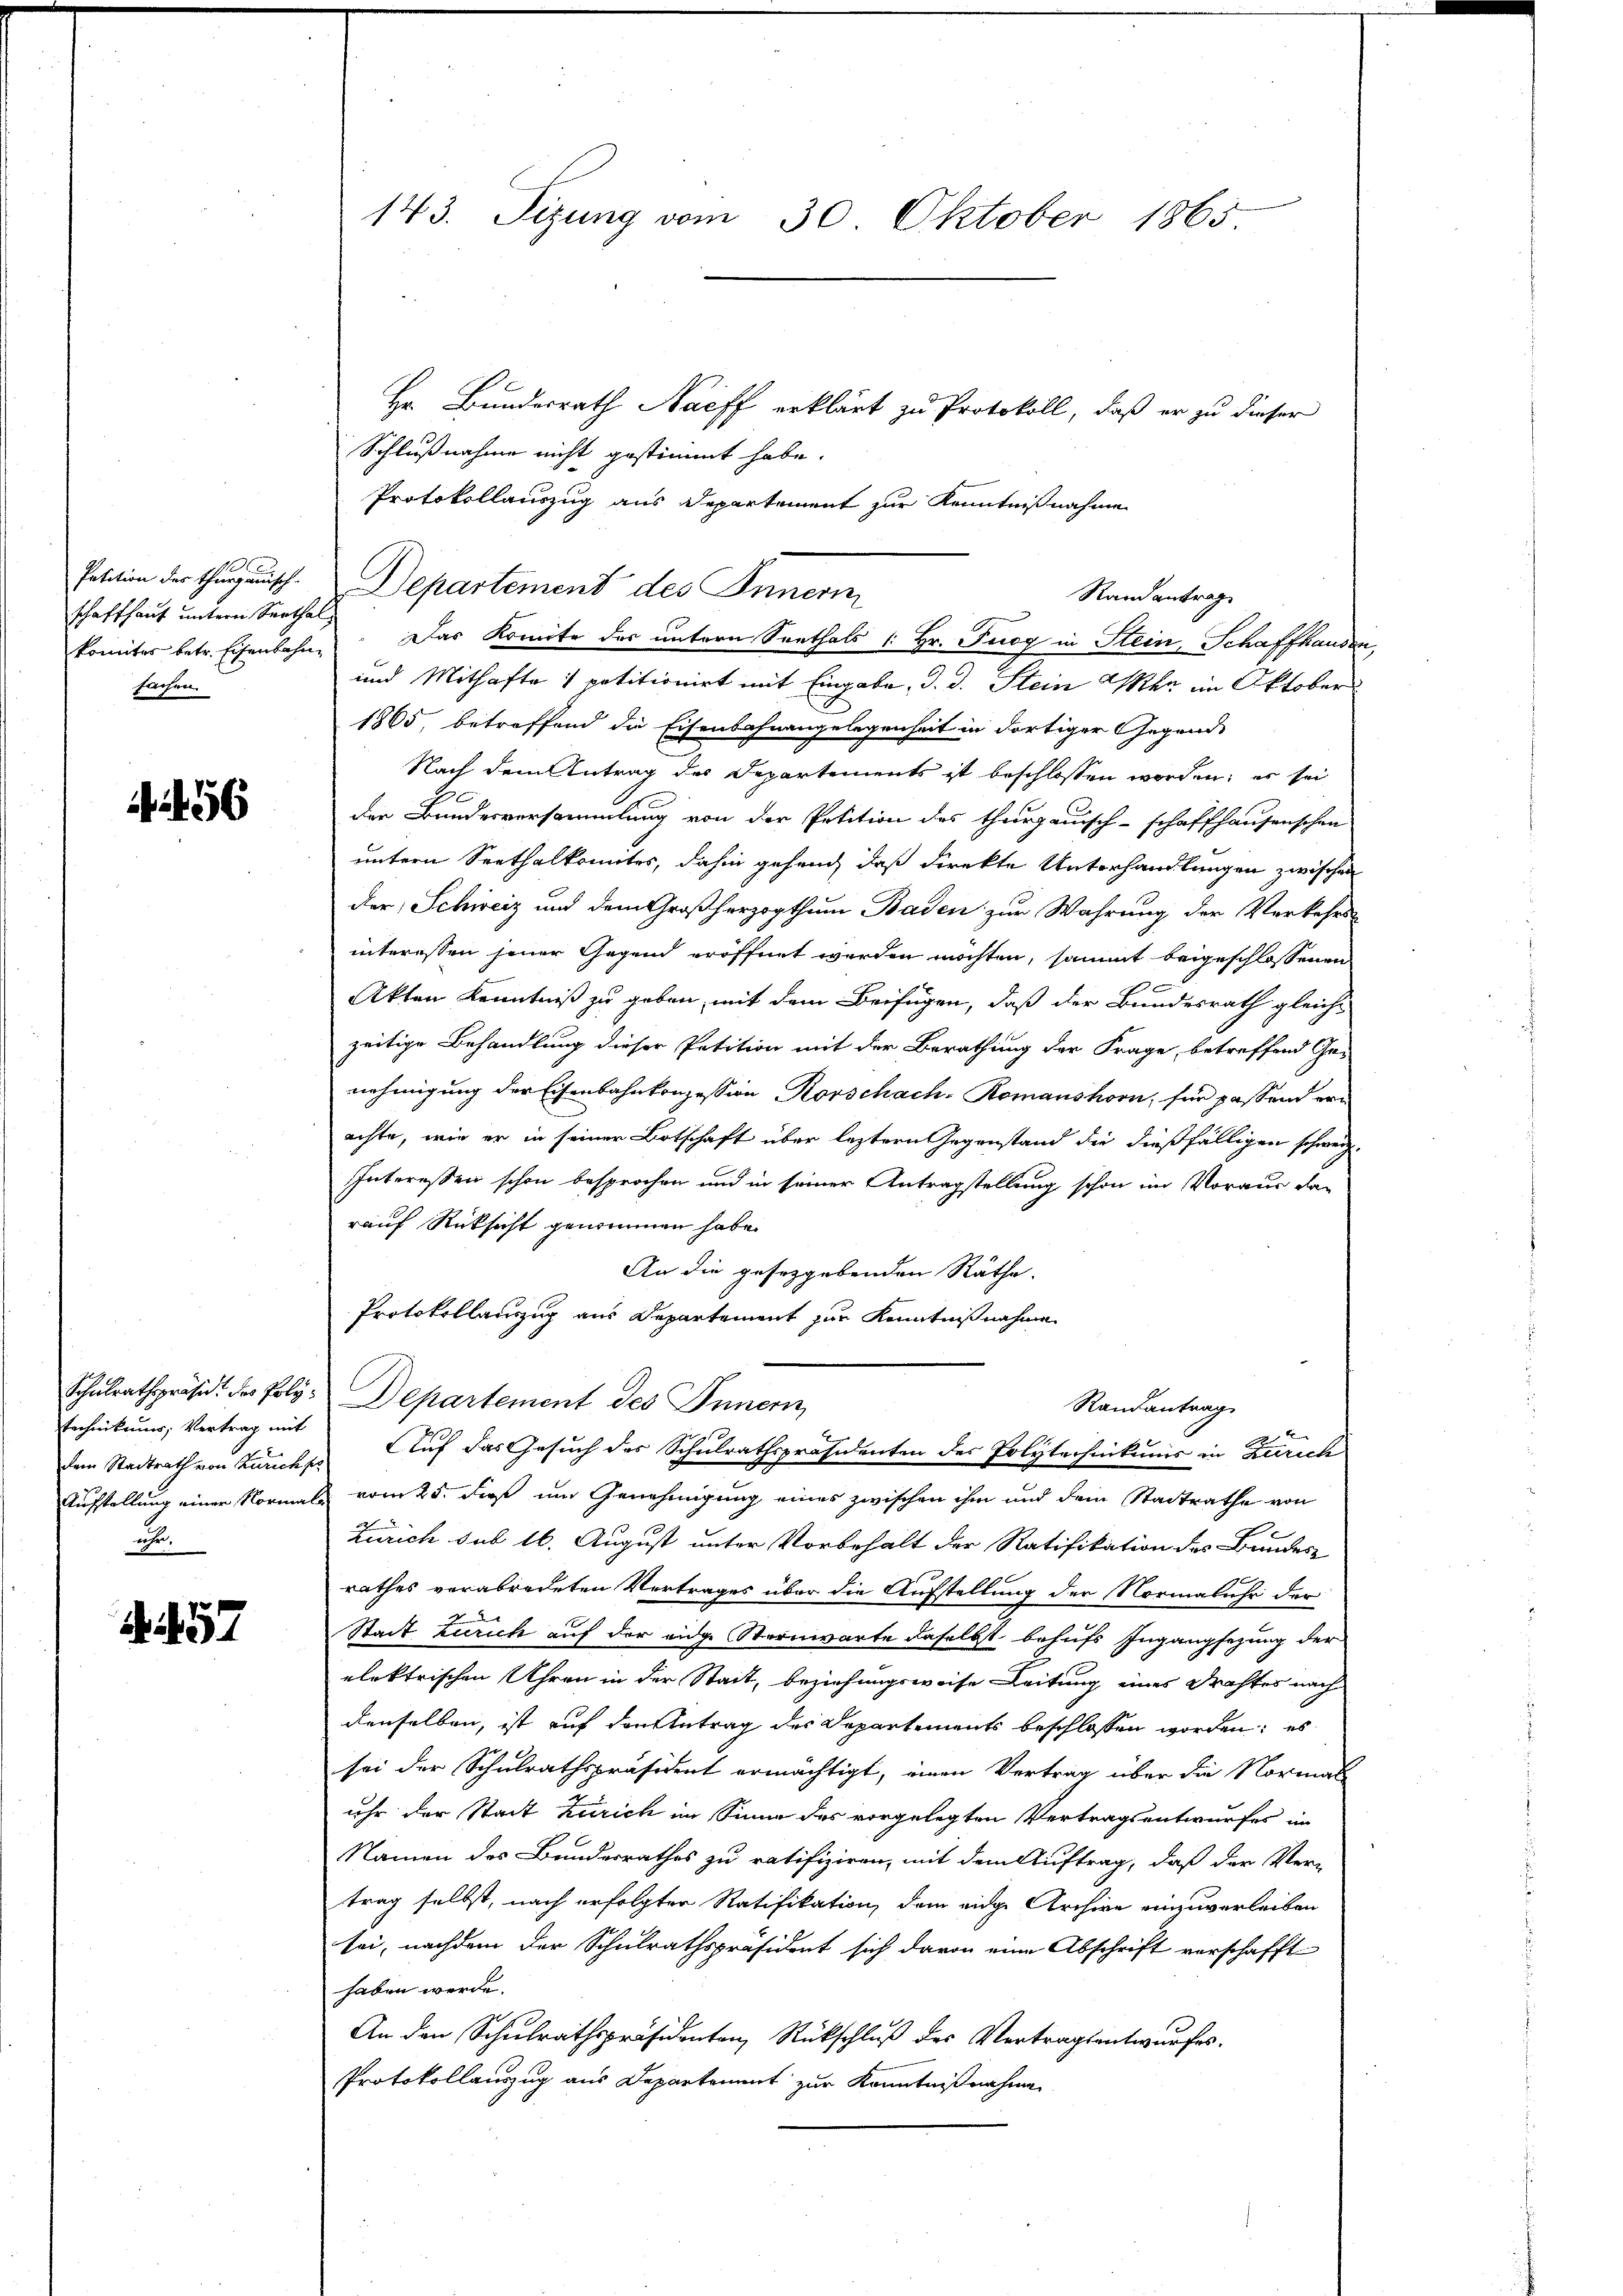
Petition des Thurgauisch
schaffhaus untern Verthal
komites betr. Eisenbahn
sachen.

6

Schulrathspräside des Polytechnikums, Vertrag mit
wehr.

57

143. Sizung vom 30. Oktober 1865.

Hr. Bundesrath Nacff erklärt zu Protokoll, daß er zu dieser
Schlußnahme nicht gestimmt habe.
Protokollauszug aus Departement zur Kenntnißnahme
Departement des Innern
und Mithafte 1 petitionirt mit Eingabe, d. d. Stein Wer im Oktober
1865, betreffend die Eisenbahnangelegenheit in dortiger Gegend-
Nach dem Antrag des Departements ist beschlossen worden; es sei
.
der Bundesversammlung von der Petition des thurgauisch-schaffhausenschen
untern Seethalkomites, dahin gehend, daß direkte Unterhandlungen zwischen
der Schweiz und dem Großherzogthum Baden zur Wahrung der Verkehrs-
interessen jener Gegend eröffnet werden möchten, sammt beigeschlossenen
Akten Kenntniß zu geben, mit dem Beifügen, daß der Bundesrath gleiche
zeitige Behandlung dieser Petition mit der Berathung der Frage, betreffend Ge-
nehmigung der Eisenbahnkonzession Rorschach. Romanshorn, für passend ern
achte, wie er in seiner Botschaft über leztern Gegenstand die dießfälligen schweiz.
Interessen schon besprochen und in seiner Antragstellung schon im Voraus da-
rauf Rücksicht genommen habe.
An die gesezgebenden Räthe.
Protokollauszug aus Departement zur Kenntnißnahme
Departement des Innern
Randantrag
Dem Stadtrath von Luncher Auf das Gesuch des Schulrathspräsidenten des Polytechnikums in Zürich
Aufstellung einer Normals vom 25. das um Genehmigung eines zwischen ihm und dem Stadtrathe von
Zürich sub 16. August unter Vorbehalt der Ratifikation des Bundes
rathes verabredeten Vertrages über die Aufstellung der Normaluhr der
Stadt Zürich auf der eige Sternwarte daselbst behufs Ingangsezung der
elektrischen Uhren in der Stadt, beziehungsweise Leitung eines Drahtes nach
denselben, ist auf den Antrag des Departements beschlossen worden; es
sei der Schulrathspräsident ermächtigt, einen Vertrag über die Normal
uhr der Stadt Zürich im Sinne des vorgelegten Vertragsentwurfes im
Namen des Bundesrathes zu ratifiziren, mit dem Auftrag, daß der Ver-
trag selbst, nach erfolgter Ratifikation dem eidge Archive einzuverleiben
sei, nachdem der Schulrathspräsident sich davon eine Abschrift verschafft
haben werde.
An den Schulrathspräsidenten, Rückschluß des Vertragsentwurfes.
Protokollauszug aus Departement zur Kenntnißnahme

Rand antrag
Das Komite des untern Seethals 1 Hr. Fugg in Stein, Schaffhausen,